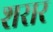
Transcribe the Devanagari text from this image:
शरार